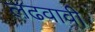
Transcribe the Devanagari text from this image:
लढवावी